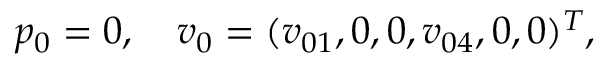
p _ { 0 } = 0 , \quad \boldsymbol { v } _ { 0 } = ( v _ { 0 1 } , 0 , 0 , v _ { 0 4 } , 0 , 0 ) ^ { T } ,